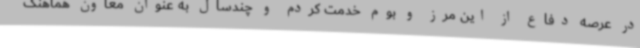
در عرصه دفاع از این مرز و بوم خدمت کردم و چندسال به عنوان معاون هماهنگ